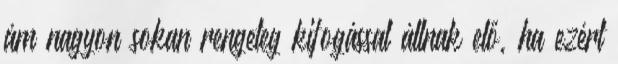
ám nagyon sokan rengeteg kifogással állnak elő, ha ezért